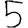
Digit: 5